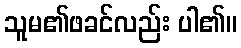
သူမ၏ဖခင်လည်း ပါ၏။